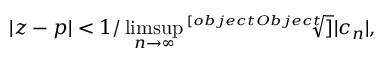
| z - p | < 1 / \operatorname* { l i m s u p } _ { n \rightarrow \infty } { \sqrt [ [object Object] ] { | c _ { n } | } } ,